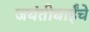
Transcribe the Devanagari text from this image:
जयंतीबाईंचे